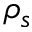
\rho _ { s }